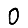
Digit: 0